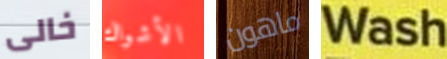
خالى الأشواك ماهون Wash